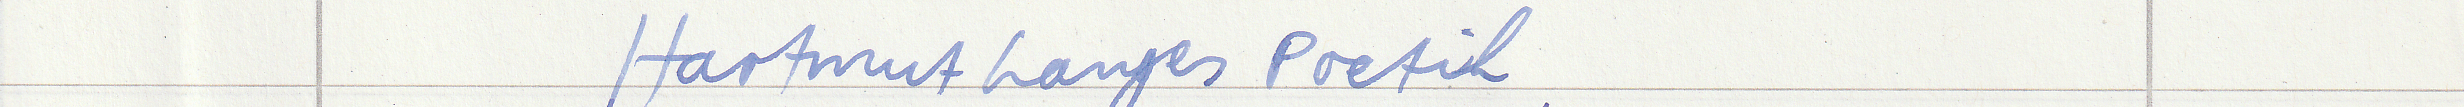
Hartmut Langes Poetik